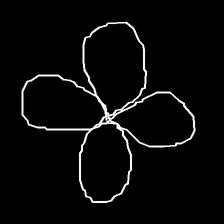
Glyph: billowing